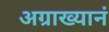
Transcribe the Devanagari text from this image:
अग्राख्यानं